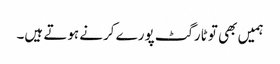
ہمیں بھی تو ٹارگٹ پورے کرنے ہوتے ہیں۔